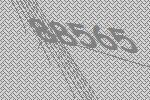
88565